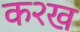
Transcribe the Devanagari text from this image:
क२ख